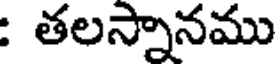
: తలస్నానము